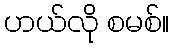
ဟယ်လို စမစ်။